Report of the veterinary officer investigating camel disease
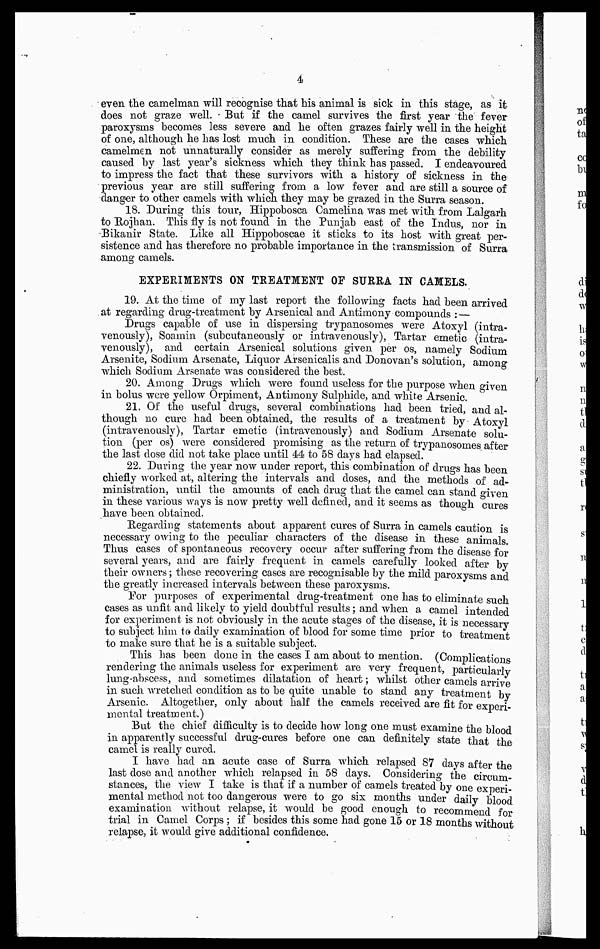
4
even the camelman will recognise that his animal is sick in this stage, as it
does not graze well. But if the camel survives the first year the fever
paroxysms becomes less severe and he often grazes fairly well in the height
of one, although he has lost much in condition. These are the cases which
camelmen not unnaturally consider as merely suffering from the debility
caused by last year's sickness which they think has passed. I endeavoured
to impress the fact that these survivors with a history of sickness in the
previous year are still suffering from a low fever and are still a source of
danger to other camels with which they may be grazed in the Surra season.
18. During this tour, Hippobosca Camelina was met with from Lalgarh
to Rojhan. This fly is not found in the Punjab east of the Indus, nor in
Bikanir State. Like all Hippoboscae it sticks to its host with great per-
sistence and has therefore no probable importance in the transmission of Surra
among camels.
EXPERIMENTS ON TREATMENT OF SURRA IN CAMELS.
19. At the time of my last report the following facts had been arrived
at regarding drug-treatment by Arsenical and Antimony compounds :—
Drugs capable of use in dispersing trypanosomes were Atoxyl (intra-
venously), Soamin (subcutaneously or intravenously), Tartar emetic (intra-
venously), and certain Arsenical solutions given per os, namely Sodium
Arsenite, Sodium Arsenate, Liquor Arsenicalis and Donovan's solution, among
which Sodium Arsenate was considered the best.
20. Among Drugs which were found useless for the purpose when given
in bolus were yellow Orpiment, Antimony Sulphide, and white Arsenic.
21. Of the useful drugs, several combinations had been tried, and al-
though no cure had been obtained, the results of a treatment by Atoxyl
(intravenously), Tartar emetic (intravenously) and Sodium Arsenate solu-
tion (per os) were considered promising as the return of trypanosomes after
the last dose did not take place until 44 to 58 days had elapsed.
22. During the year now under report, this combination of drugs has been
chiefly worked at, altering the intervals and doses, and the methods of ad-
ministration, until the amounts of each drug that the camel can stand given
in these various ways is now pretty well defined, and it seems as though cures
have been obtained.
Regarding statements about apparent cures of Surra in camels caution is
necessary owing to the peculiar characters of the disease in these animals.
Thus cases of spontaneous recovery occur after suffering from the disease for
several years, and are fairly frequent in camels carefully looked after by
their owners ; these recovering cases are recognisable by the mild paroxysms and
the greatly increased intervals between these paroxysms.
For purposes of experimental drug-treatment one has to eliminate such
cases as unfit and likely to yield doubtful results ; and when a camel intended
for experiment is not obviously in the acute stages of the disease, it is necessary
to subject him to daily examination of blood for some time prior to treatment
to make sure that he is a suitable subject.
This has been done in the cases I am about to mention. (Complications
rendering the animals useless for experiment are very frequent, particularly
lung-abscess, and sometimes dilatation of heart ; whilst other camels arrive
in such wretched condition as to be quite unable to stand any treatment by
Arsenic. Altogether, only about half the camels received are fit for experi-
mental treatment.)
But the chief difficulty is to decide how long one must examine the blood
in apparently successful drug-cures before one can definitely state that the
camel is really cured.
I have had an acute case of Surra which relapsed 87 days after the
last dose and another which relapsed in 58 days. Considering the circum-
stances, the view I take is that if a number of camels treated by one experi-
mental method not too dangerous were to go six months under daily blood
examination without relapse, it would be good enough to recommend for
trial in Camel Corps ; if besides this some had gone 15 or 18 months without
relapse, it would give additional confidence.